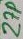
Text: 27p